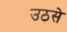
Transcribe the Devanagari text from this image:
उठसे